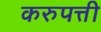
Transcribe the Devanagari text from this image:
करुपत्ती